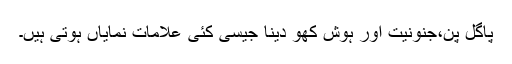
پاگل پن،جنونیت اور ہوش کھو دینا جیسی کئی علامات نمایاں ہوتی ہیں۔